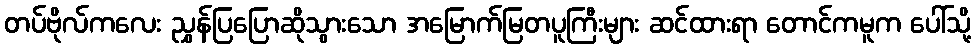
တပ်ဗိုလ်ကလေး ညွှန်ပြပြောဆိုသွားသော အမြောက်မြတပူကြီးများ ဆင်ထားရာ တောင်ကမူက ပေါ်သို့